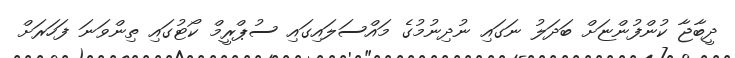
ދީބާޖާ ކުންފުންޏަށް ބަދަލު ނަގައި ނުދިނުމުގެ މައްސަލައިގައި ސުޕްރީމް ކޯޓުގައި ތިންވަނަ ފަހަރަށް